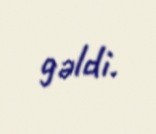
gəldi.